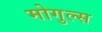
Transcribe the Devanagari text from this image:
मोगुल्स